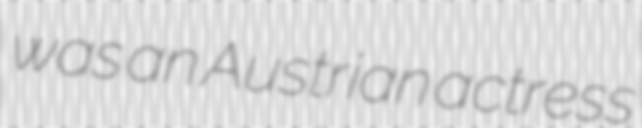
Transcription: was an Austrian actress